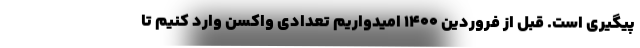
پیگیری است. قبل از فروردین ۱۴۰۰ امیدواریم تعدادی واکسن وارد کنیم تا